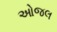
ઓજલ